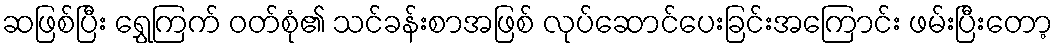
ဆဖြစ်ပြီး ရွှေကြက် ဝတ်စုံ၏ သင်ခန်းစာအဖြစ် လုပ်ဆောင်ပေးခြင်းအကြောင်း ဖမ်းပြီးတော့